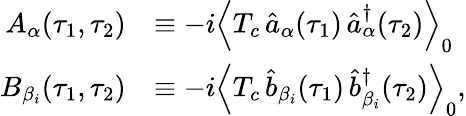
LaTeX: \begin{array}{rl}{A_{\alpha}(\tau_{1},\tau_{2})}&{\equiv-i\left\langle T_{c}\, \hat{a}_{\alpha}(\tau_{1})\, \hat{a}_{\alpha}^{\dagger}(\tau_{2})\right\rangle_{0}}\\ {B_{\beta_{i}}(\tau_{1},\tau_{2})}&{\equiv-i\left\langle T_{c}\, \hat{b}_{\beta_{i}}(\tau_{1})\, \hat{b}_{\beta_{i}}^{\dagger}(\tau_{2})\right\rangle_{0},}\end{array}